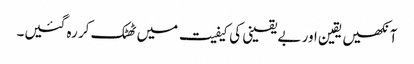
آنکھیں یقین اور بے یقینی کی کیفیت میں ٹھٹک کر رہ گئیں۔